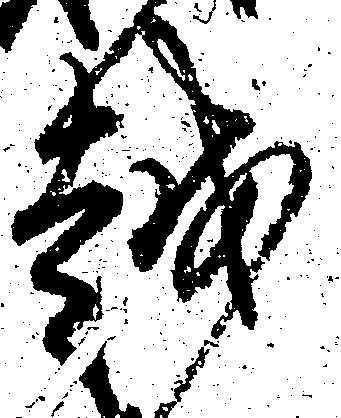
越